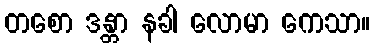
တစော ဒန္တာ နခါ လောမာ ကေသာ။